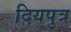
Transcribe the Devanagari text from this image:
दियपुत्र